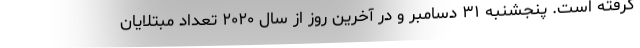
گرفته است. پنجشنبه ۳۱ دسامبر و در آخرین روز از سال ۲۰۲۰ تعداد مبتلایان